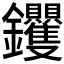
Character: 𮣰